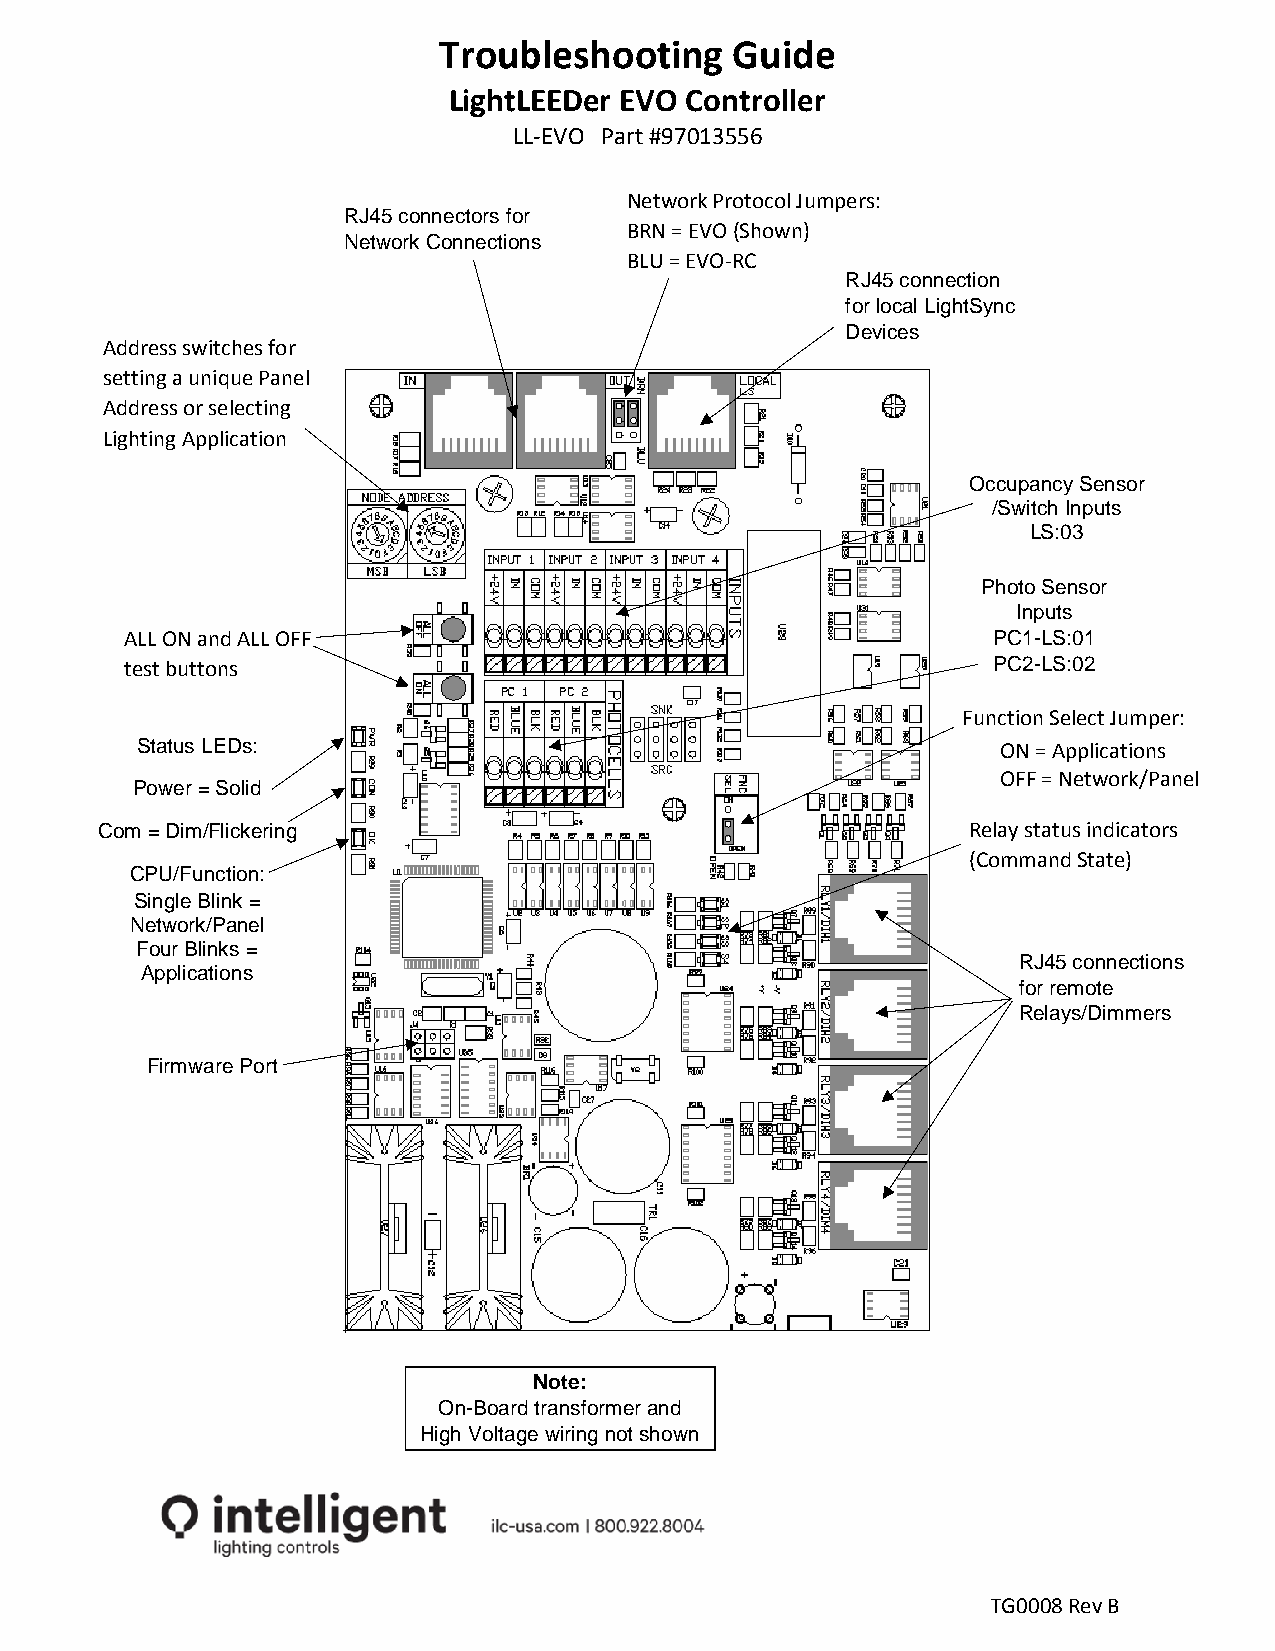
Troubleshooting     Guide
 LightLEEDer EVO Controller
 LL-EVO Part #97013556
 Network Protocol Jumpers:
 RJ45 connectors for
 BRN = EVO (Shown)
 Network Connections
 BLU = EVO-RC
 RJ45 connection
 for local LightSync
 Devices
 Address switches for
 setting a unique Panel
 Address or selecting
 Lighting Application
 Occupancy Sensor
 /Switch Inputs
 LS:03
 Photo Sensor
 Inputs
 ALL ON and ALL OFF                                        PC1-LS:01
 test buttons                                              PC2-LS:02
 Function Select Jumper:
 Status LEDs:                                             ON = Applications
 OFF = Network/Panel
 Power = Solid
 Com = Dim/Flickering                                      Relay status indicators
 (Command State)
 CPU/Function:
 Single Blink =
 Network/Panel
 Four Blinks =
 RJ45 connections
 Applications
 for remote
 Relays/Dimmers
 F irmware Port
 Note:
 On-Board transformer and
 High Voltage wiring not shown
 TG0008 Rev B